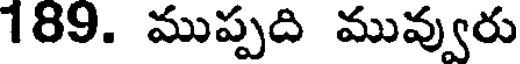
189. ముప్పది మువ్వురు